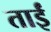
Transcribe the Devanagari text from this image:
ताईं